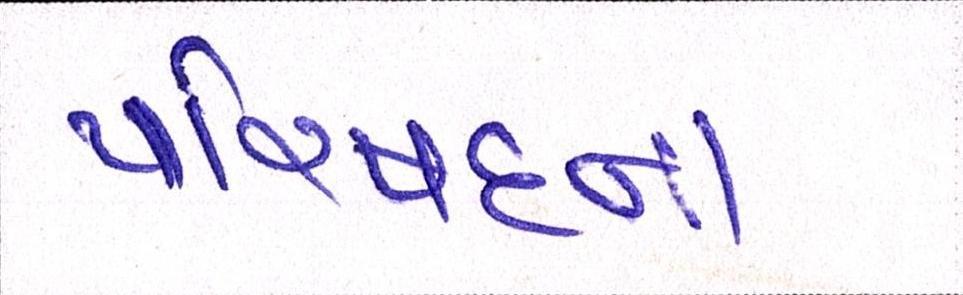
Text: પરિષદના